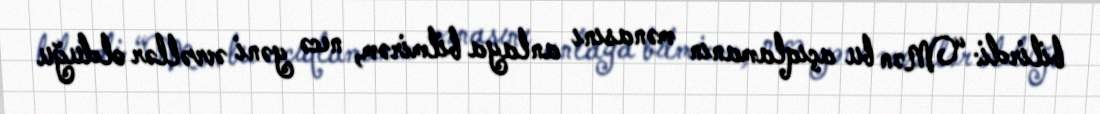
bilirdi: “Mən bu açıqlamanın mənasını anlaya bilmirəm, necə yəni əvvəllər olduğu